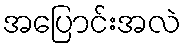
အပြောင်းအလဲ